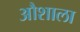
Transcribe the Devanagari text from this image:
औशाला